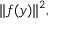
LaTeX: \| f ( y ) \| ^ { 2 } ,